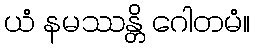
ယံ နမဿန္တိ ဂေါတမံ။